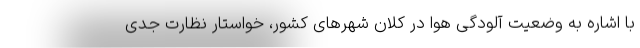
با اشاره به وضعیت آلودگی هوا در کلان شهرهای کشور، خواستار نظارت جدی